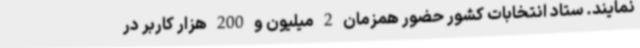
نمایند. ستاد انتخابات کشور حضور همزمان 2 میلیون و 200 هزار کاربر در